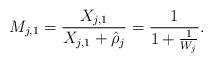
LaTeX: \begin{align*} M_{j,1} = \frac{X_{j,1}}{X_{j,1}+\hat\rho_j} = \frac{1}{1+\frac1{W_j}}. \end{align*}